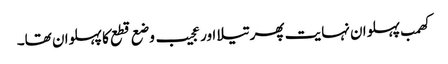
کھمب پہلوان نہایت پھرتیلا اور عجیب وضع قطع کا پہلوان تھا۔